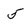
Character: 5